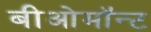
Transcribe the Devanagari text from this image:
बीओमॉन्ट